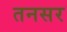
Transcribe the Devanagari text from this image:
तनसर